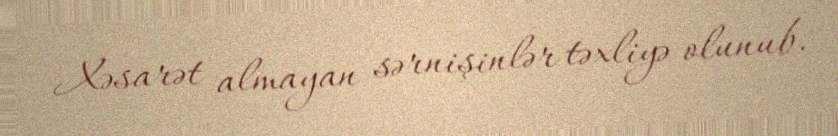
Xəsarət almayan sərnişinlər təxliyə olunub.